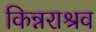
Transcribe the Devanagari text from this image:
किन्नराश्रव